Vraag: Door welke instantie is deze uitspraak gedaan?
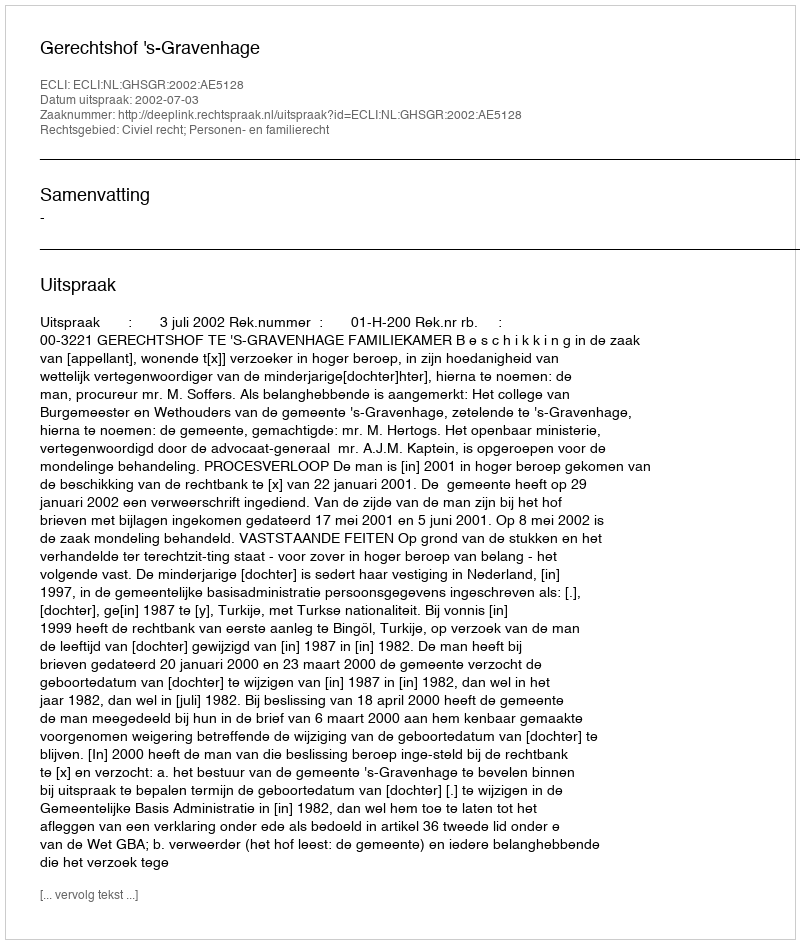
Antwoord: Gerechtshof 's-Gravenhage